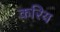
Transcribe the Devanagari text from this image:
करिय